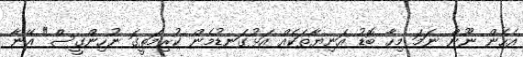
އެހެން ނޫން ނަމަ މިހާ ބޮޑު އަނިޔާތަކެއް އަޅުގަނޑުމެން ކުރިމަތީގަ ނުހިންގީސް" އޭނާ